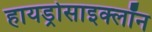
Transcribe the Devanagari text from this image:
हायड्रोसाइक्लॉन